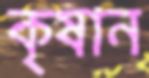
কৃষান